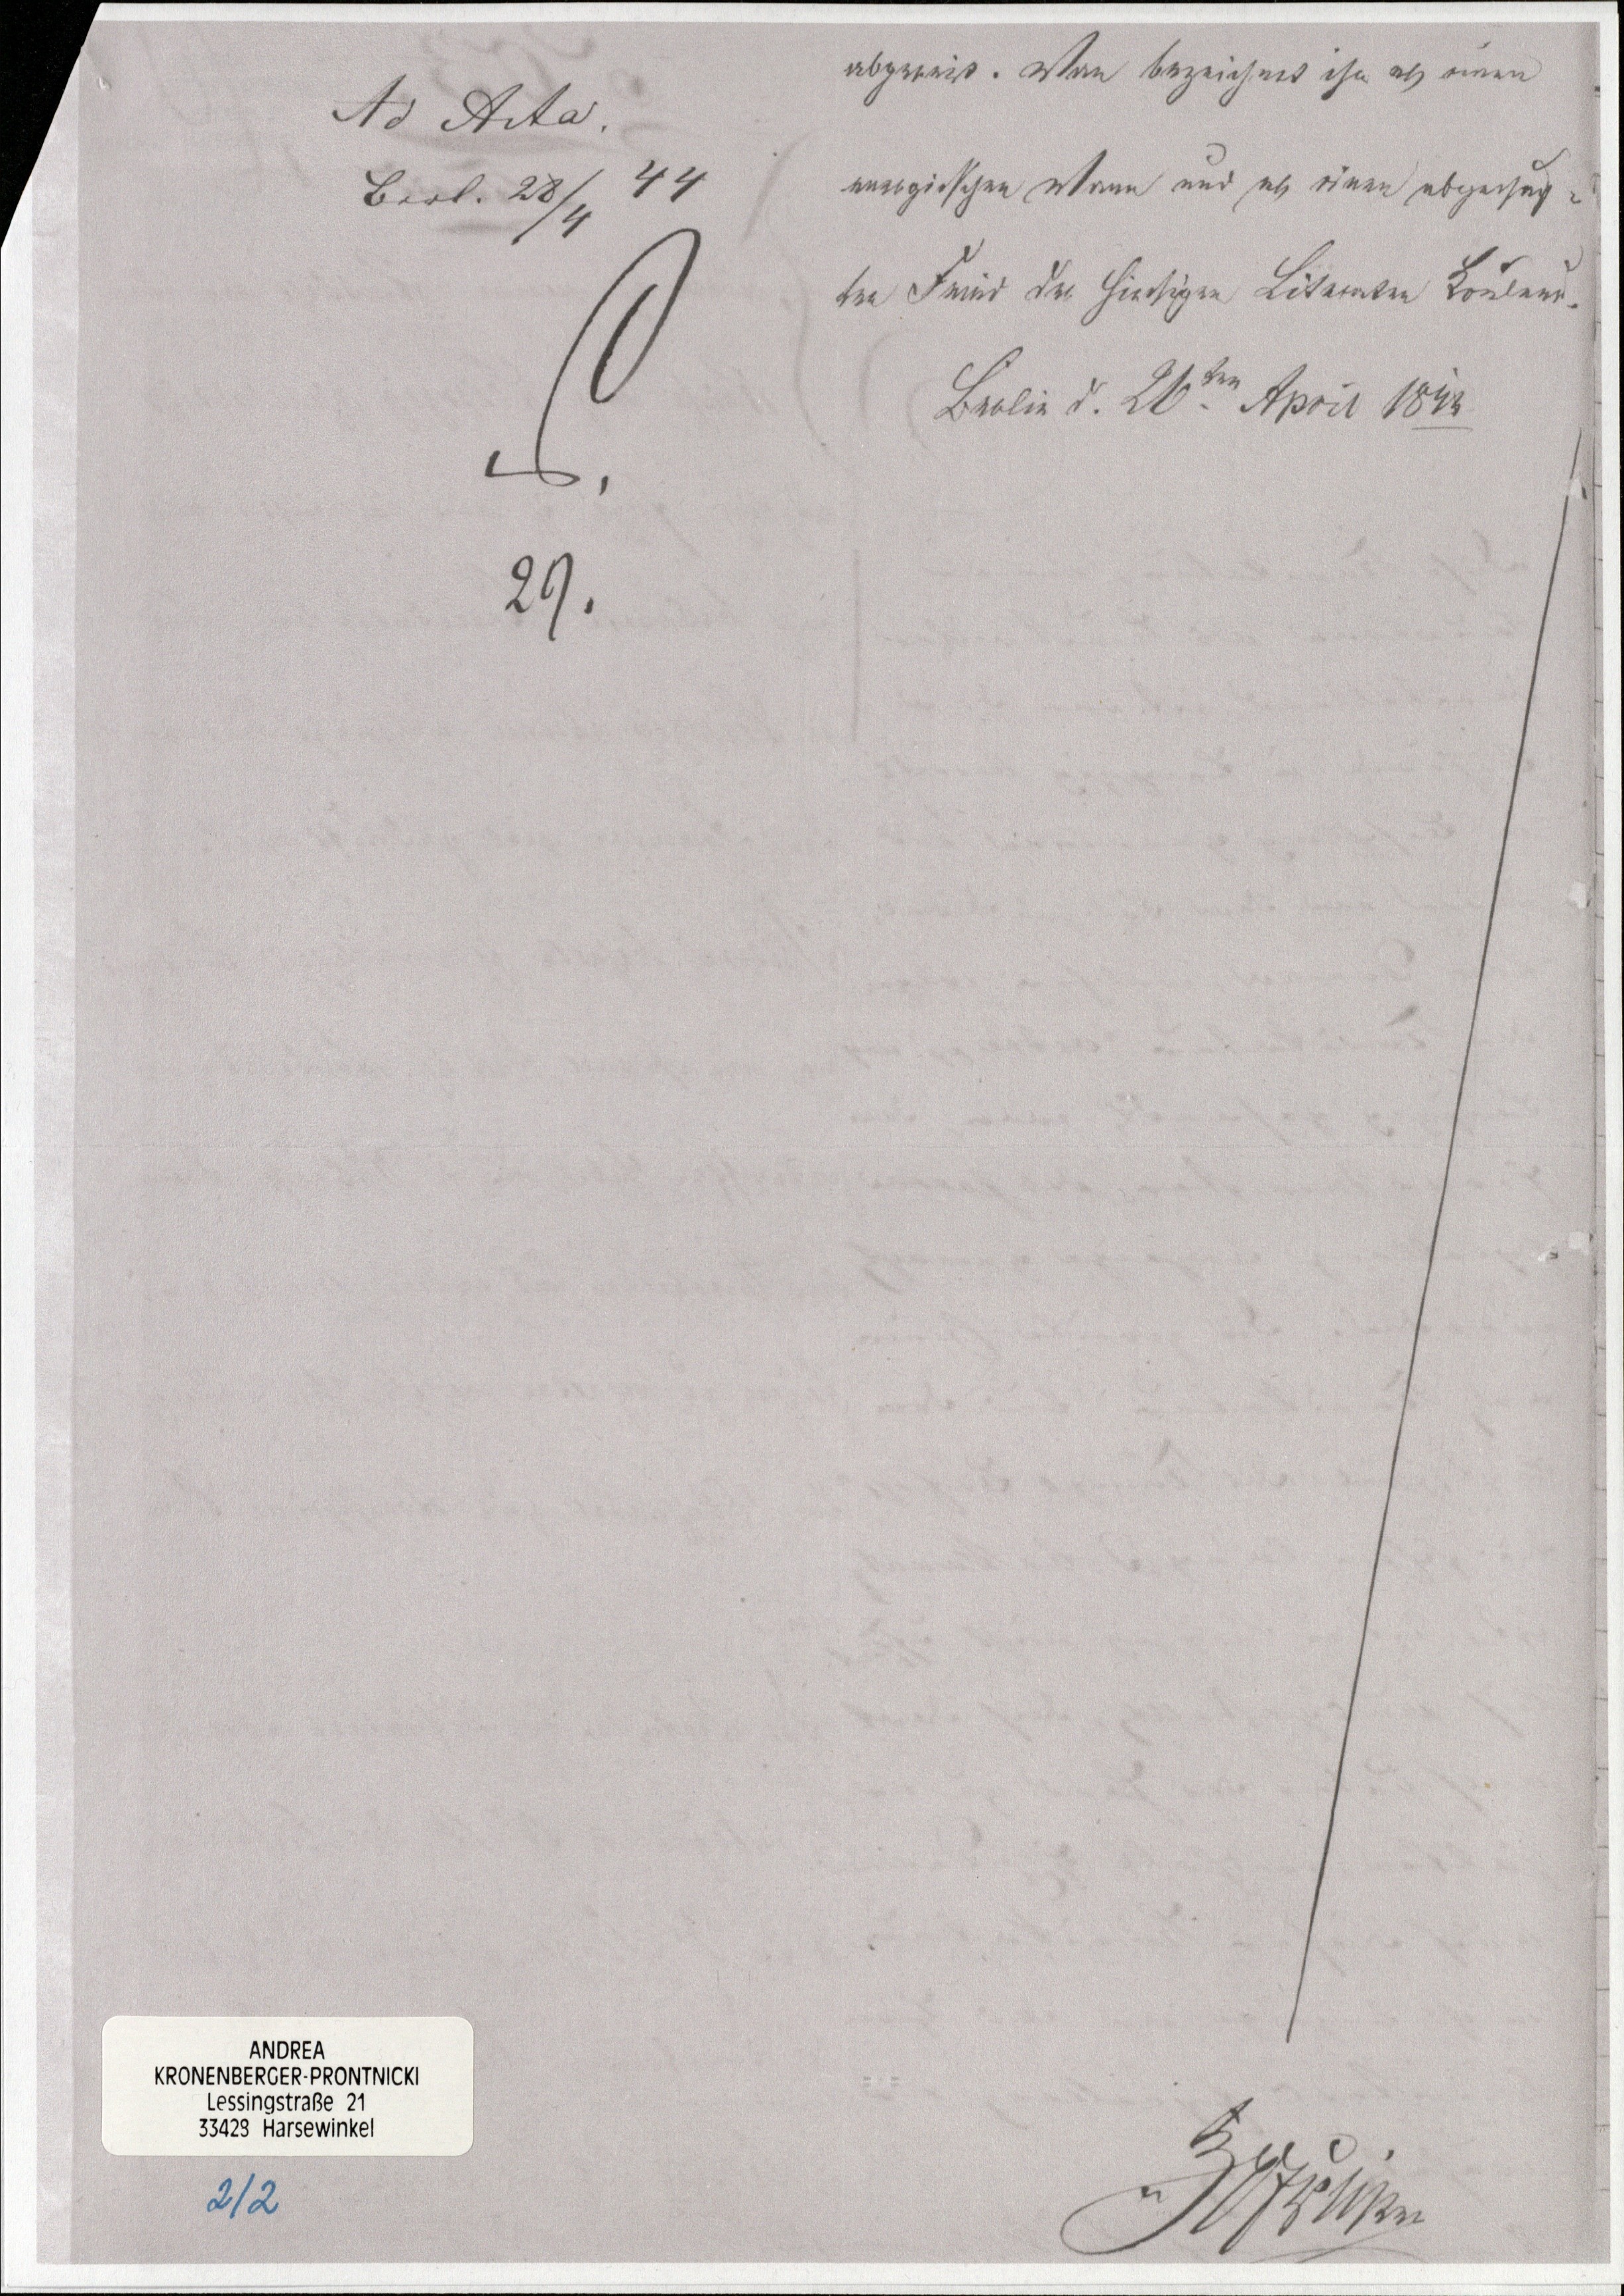
abgereist. Man bezeichnet ihn als einen
energischen Mann und als einen abgesag¬
ten Feind der hiesigen Literaten Kouleur.
Berlin, den 26. sten April 1843

Ad Acta.
Berl. 28/4 44
29.